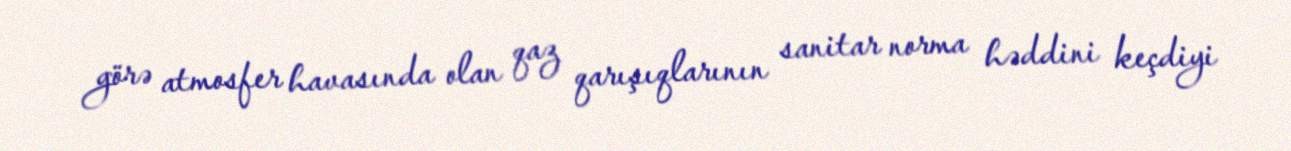
görə atmosfer havasında olan qaz qarışıqlarının sanitar norma həddini keçdiyi